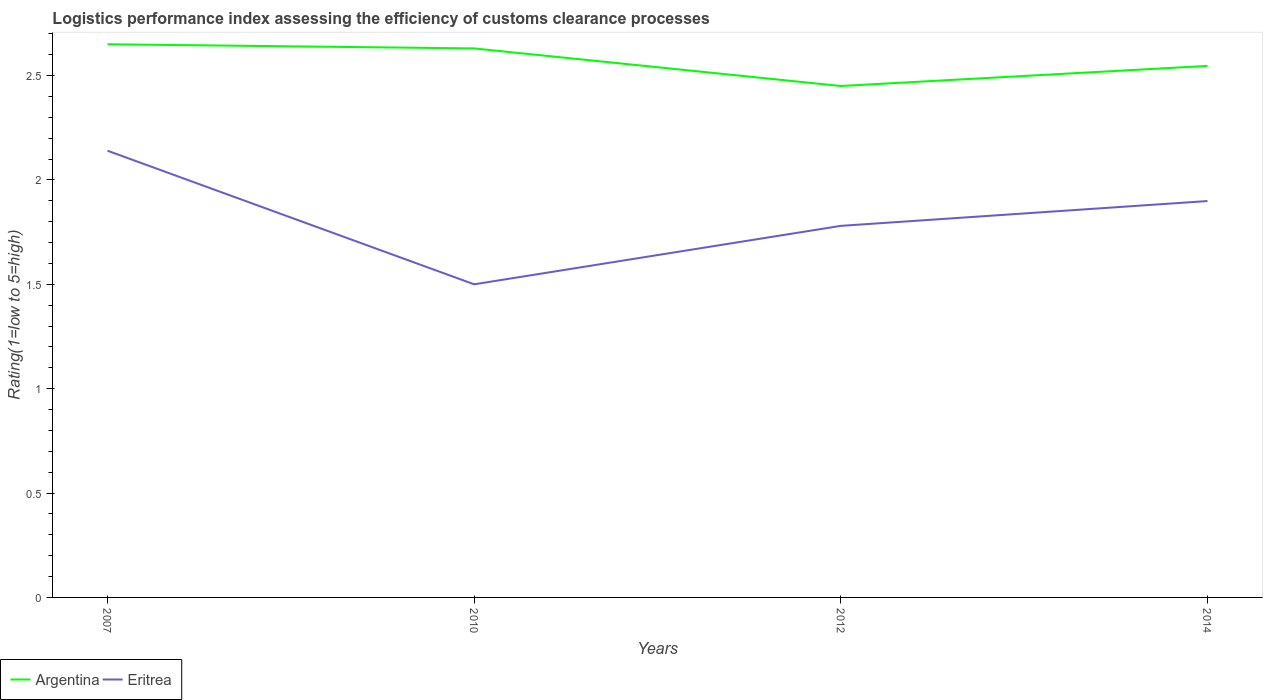
| Years | Argentina | Eritrea |
 | --- | --- | --- |
 | 2007 | 2.65 | 2.14 |
 | 2010 | 2.63 | 1.5 |
 | 2012 | 2.45 | 1.78 |
 | 2014 | 2.55 | 1.9 |